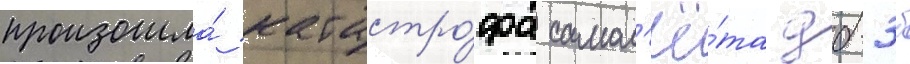
произошла́ катастро́фа самол'ё́та дб-3б